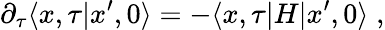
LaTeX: \partial_{\tau}\langle x,\tau\vert x^{\prime},0\rangle=-\langle x,\tau\vert H\vert x^{\prime},0\rangle\; ,